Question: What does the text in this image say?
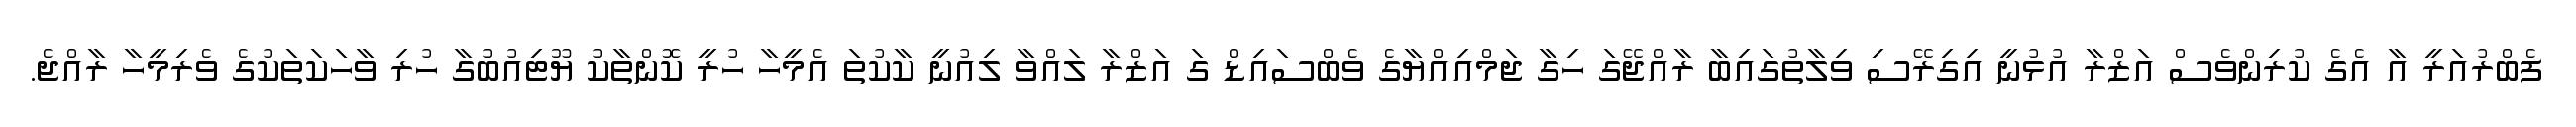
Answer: ފެބްރުއަރީ އާ އެގެ ކުރިންވެސް އަޒްރާ އުޅުނީ އިގިރޭސި ވިލާތުގައިބާ ރާއްޖޭގަ ހިގާ ޖަމްއިއްޔާގެ ވެބްސައިޑް ގަ އަޒްރާ ލައްވާ ލިއުނީ ކާކުތަ އެމީހާ ހުރީ ކޮންތާކު ޔޫޓިއުބުގާ ހުރި ވާހަކަތަކުގެ ވެރިމީހާ ރާއްޖެ.